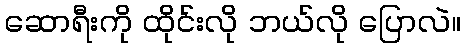
ဆောရီးကို ထိုင်းလို ဘယ်လို ပြောလဲ။